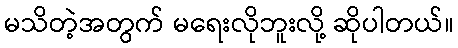
မသိတဲ့အတွက် မရေးလိုဘူးလို့ ဆိုပါတယ်။